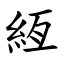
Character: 絚